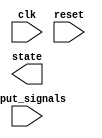
module priority_encoding_state_machine (
    input wire clk,
    input wire reset,
    input wire [n-1:0] input_signals,
    output reg [m-1:0] state
);

parameter n = 4; // Number of input signals
parameter m = 4; // Number of states

reg [m-1:0] state_reg;
reg [m-1:0] next_state;

always @(posedge clk or posedge reset) begin
    if (reset) begin
        state_reg <= 0;
    end else begin
        state_reg <= next_state;
    end
end

always @* begin
    case(state_reg)
        0: begin
            if (input_signals[0]) next_state = 1;
            else if (input_signals[1]) next_state = 2;
            else if (input_signals[2]) next_state = 3;
            else if (input_signals[3]) next_state = 4;
        end
        1: begin
            if (input_signals[0]) next_state = 1;
            else if (input_signals[1]) next_state = 2;
            else if (input_signals[2]) next_state = 3;
            else if (input_signals[3]) next_state = 4;
        end
        2: begin
            if (input_signals[0]) next_state = 1;
            else if (input_signals[1]) next_state = 2;
            else if (input_signals[2]) next_state = 3;
            else if (input_signals[3]) next_state = 4;
        end
        3: begin
            if (input_signals[0]) next_state = 1;
            else if (input_signals[1]) next_state = 2;
            else if (input_signals[2]) next_state = 3;
            else if (input_signals[3]) next_state = 4;
        end
        4: begin
            if (input_signals[0]) next_state = 1;
            else if (input_signals[1]) next_state = 2;
            else if (input_signals[2]) next_state = 3;
            else if (input_signals[3]) next_state = 4;
        end
    endcase
end

endmodule